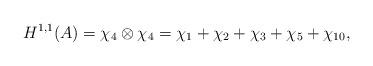
LaTeX: \begin{align*}H^{1,1}(A)=\chi_{4}\otimes\chi_{4}=\chi_{1}+\chi_{2}+\chi_{3}+\chi_{5}+\chi_{10},\end{align*}